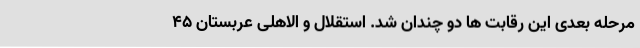
مرحله بعدی این رقابت‌ ها دو چندان شد. استقلال و الاهلی عربستان ۴۵